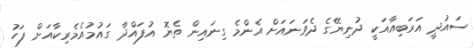
ސައުދީ އަރަބިއާއަކީ ދުނިޔޭގެ ދެވަނައަށް އެންމެ ގިނައިން ތެޔޮ އުފައްދާ ގައުމުއެމެރިކާއަށް ފަހު